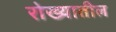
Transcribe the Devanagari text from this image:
रोख्यातील